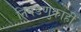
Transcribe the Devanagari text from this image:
निवडणुकाही